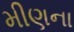
મીણના